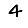
Digit: 4